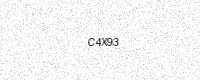
Text: C4X93